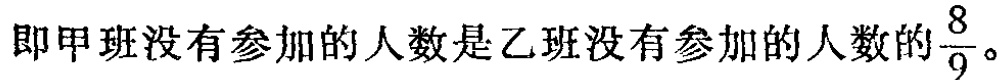
即甲班没有参加的人数是乙班没有参加的人数的$\frac{8}{9}$。